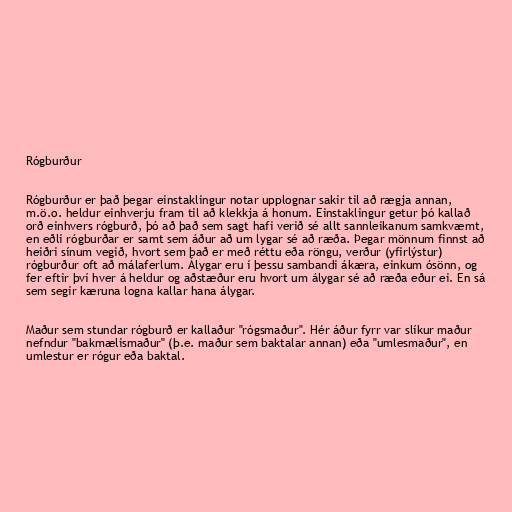
Rógburður

Rógburður er það þegar einstaklingur notar upplognar sakir til að rægja annan,
m.ö.o. heldur einhverju fram til að klekkja á honum. Einstaklingur getur þó kallað
orð einhvers rógburð, þó að það sem sagt hafi verið sé allt sannleikanum samkvæmt,
en eðli rógburðar er samt sem áður að um lygar sé að ræða. Þegar mönnum finnst að
heiðri sínum vegið, hvort sem það er með réttu eða röngu, verður (yfirlýstur)
rógburður oft að málaferlum. Álygar eru í þessu sambandi ákæra, einkum ósönn, og
fer eftir því hver á heldur og aðstæður eru hvort um álygar sé að ræða eður ei. En sá
sem segir kæruna logna kallar hana álygar.

Maður sem stundar rógburð er kallaður "rógsmaður". Hér áður fyrr var slíkur maður
nefndur "bakmælismaður" (þ.e. maður sem baktalar annan) eða "umlesmaður", en
umlestur er rógur eða baktal.